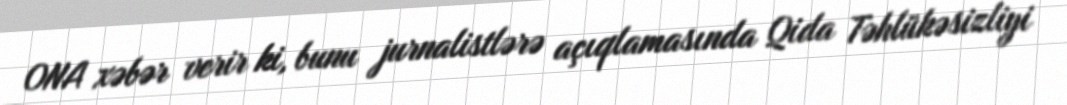
ONA xəbər verir ki, bunu jurnalistlərə açıqlamasında Qida Təhlükəsizliyi